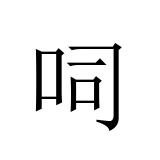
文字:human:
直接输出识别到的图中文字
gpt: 呞